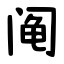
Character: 阄